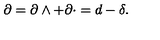
\partial = \partial \wedge + \partial \cdot = d - \delta .